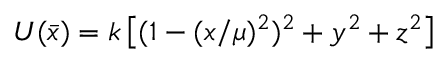
\begin{array} { r } { U ( \bar { x } ) = k \left[ ( 1 - ( x / \mu ) ^ { 2 } ) ^ { 2 } + y ^ { 2 } + z ^ { 2 } \right] } \end{array}